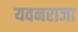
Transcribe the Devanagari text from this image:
यवनराजा